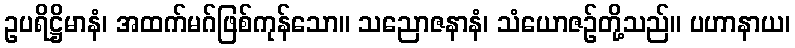
ဥပရိဋ္ဌိမာနံ၊ အထက်မဂ်ဖြစ်ကုန်သော။ သညောဇနာနံ၊ သံယောဇဉ်တို့သည်။ ပဟာနာယ၊